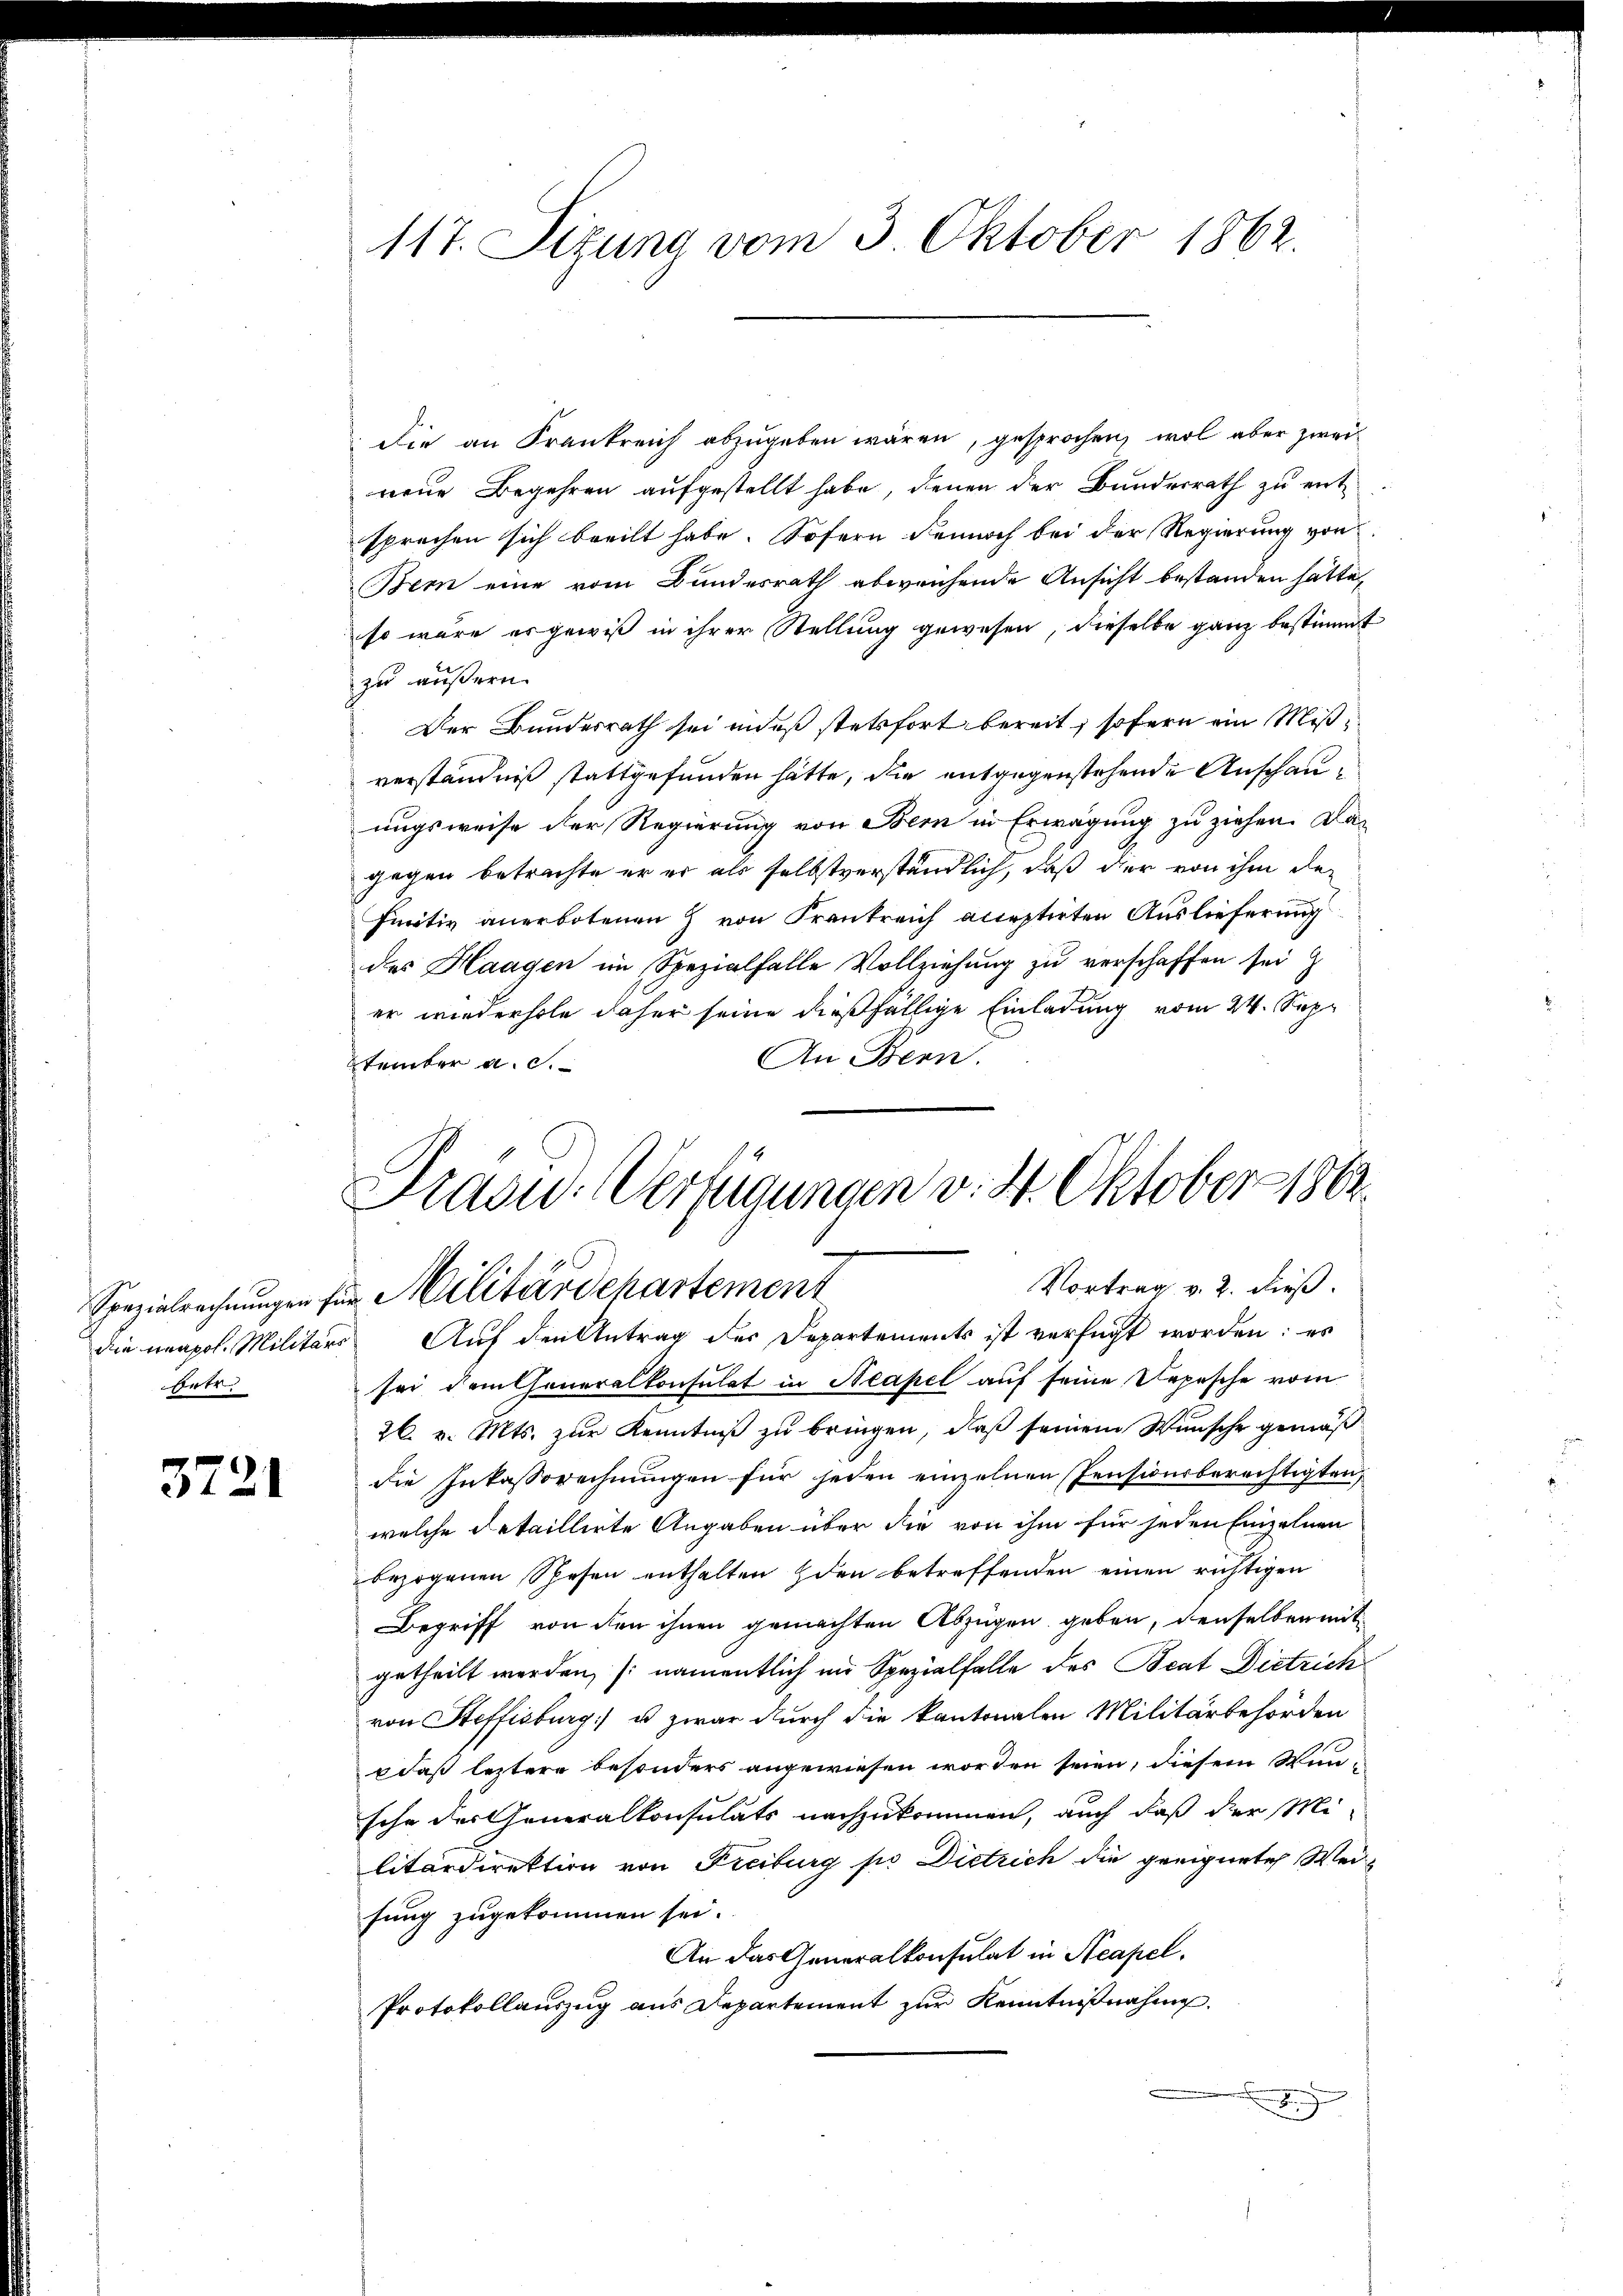
betr.

3721

Die an Frankreich abzugeben wären, gesprochen, wol aber zweinene Begehren aufgestellt habe, denen der Bundesrath zu entsprechen sich beeilt habe. Sofern dennoch bei der Regierung von
Bern eine vom Bundesrath abweichende Ansicht bestanden hätte,
so wäre es gewiß in ihrer Stellung gewesen, dieselbe ganz bestimmt
zu äußern.
Der Bundesrath sei indeß stetsfort bereit, sofern ein Mißverständniß stattgefunden hätte, die entgegenstehende Anschauungsweise der Regierung von Bern in Erwägung zu ziehen. Dagegen betrachte er er als selbstverständlich, daß der von ihm den
finitiv anerbotenen von Frankreich acceptirten Auslieferung
des Haagen im Spezialfalle Vollziehŭng zŭ verschaffen sei
er wiederhole daher seine dießfällige Einladung vom 24. Sep¬
An Bern.
temter a. c.

117. Sizung vom 3. Oktober 1862.

Frasu: Verfügungen v. 3. Oktober 1862.
Vortrag v. 2. dieß.
Spezialrechnungen für Militärdepartement

die neapol. Militärs Auf den Antrag des Departements ist verfügt worden: es
sei dem Generalkonsulat in Neapel auf seine Depesche vom
26. v. Mts. zur Kenntniß zu bringen, daß seinem Wunsche gemäß
die Inkassarechnungen für jeden einzelnen Pensionsberechtigten,
welche detaillirte Angaben über die von ihm für jeden Einzelnen
bezogenen Spesen enthalten den betreffenden einen richtigen
Begriff von den ihnen gemachten Abzügen geben, denselben mit
getheilt werden, (namentlich im Spezialfalle des Beat Dietrich
von Steffisburg) u zwar durch die kantonalen Militärbehörden
daß leztere besonders angewiesen worden seien, diesem Wunsche der Generalkonsulats nachzukommen, auch daß der Mi-
litärdirektion von Freiburg po Dietrich die geeignete Weisung zugekommen sei.
An das Generalkonsulat in Neapel.
Protokollauszug aus Departement zur Kenntnißnahme.
g